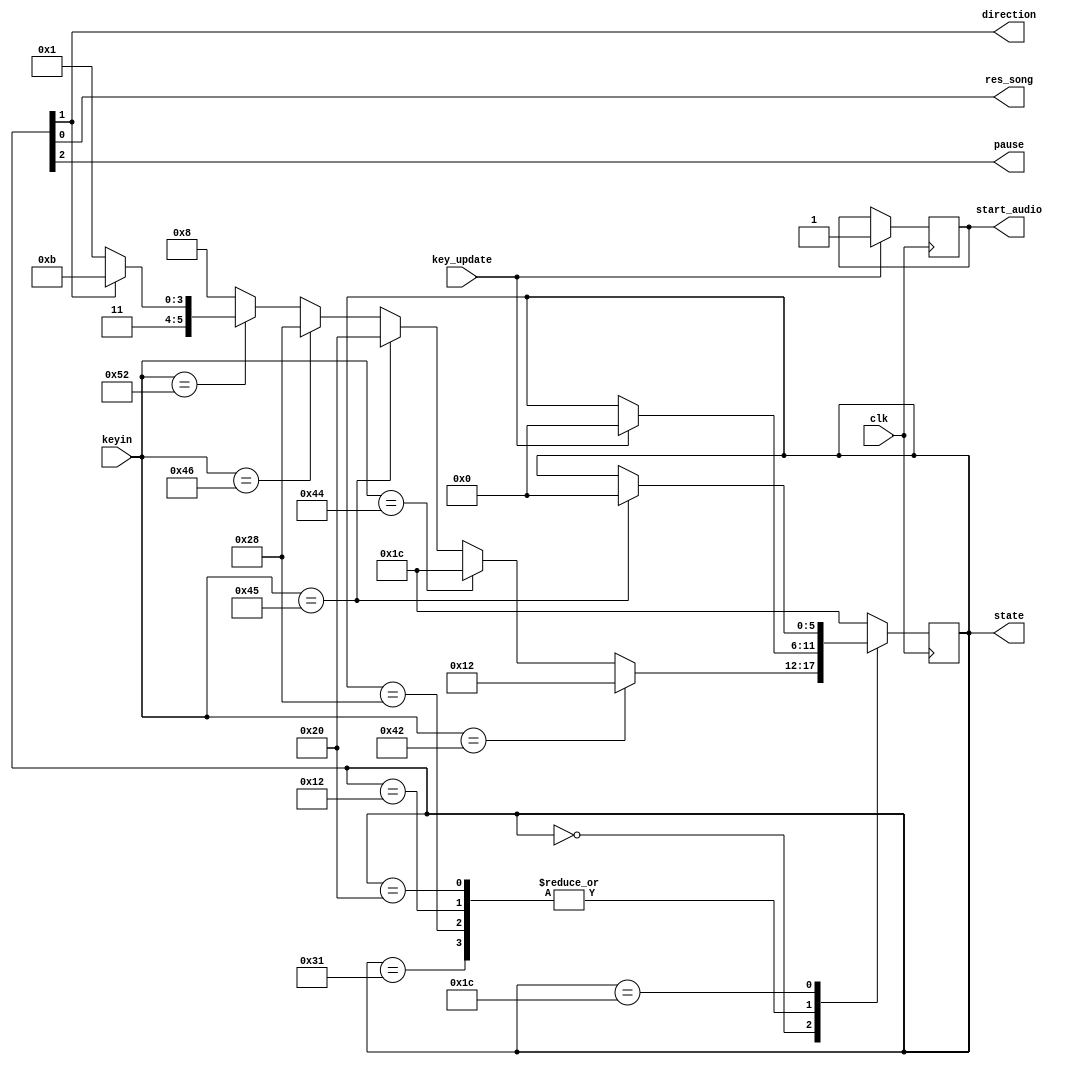
module keyboard_converter(clk,keyin,key_update,res_song,direction,pause,start_audio,state);

input clk, key_update;
input [7:0] keyin;

output start_audio;

output res_song, direction, pause;

output reg [5:0] state;
reg [8:0] key_values;

parameter lower_upper = 6'b000_000;
parameter check_key = 6'b001_000;
parameter b_state = 6'b010_010;
parameter d_state = 6'b011_100;
parameter e_state = 6'b100_000;
parameter f_state = 6'b101_000;
parameter r_state_for = 6'b110_001;
parameter r_state_back = 6'b111_011;

assign res_song = state[0];
assign direction = state[1];
assign pause = state[2];

always @(posedge clk)
begin
	
	if (key_update) start_audio = 1'b1;
	
	casex(state)
	
	lower_upper:begin
	state <= check_key;

	if (keyin == 8'h42) //check for b key
		state <= b_state;
	else if (keyin == 8'h44)//check for d key
		state <= d_state;
	else if (keyin == 8'h45)//check for e key
		state <= e_state;
	else if (keyin == 8'h46)//check for f key
		state <= f_state;
	else if (keyin == 8'h52) begin//check for r key
		if (direction==1) state <= r_state_back;
		else state <= r_state_for;
		end
		
	end
	
		r_state_for :begin
		if(key_update) state <= lower_upper;//leave whenever a key change
		else state <= state;
		end
		
		f_state:begin
		if(key_update) state <= lower_upper;
		else state <= state;
		end
		
		b_state:begin
		if(key_update) state <= lower_upper;
		else state <= state;
		end
		
		e_state:begin
		if(key_update) state <= lower_upper;
		else state <= state;
		end
		
		d_state:begin
		if(keyin == 8'h45) state <= lower_upper;//only leave d state if e key
		else state <= state;
		end

	default: begin
	state <= d_state;
	end
	
	endcase

end

		
endmodule